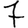
Digit: 7